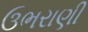
ઉભરાણી